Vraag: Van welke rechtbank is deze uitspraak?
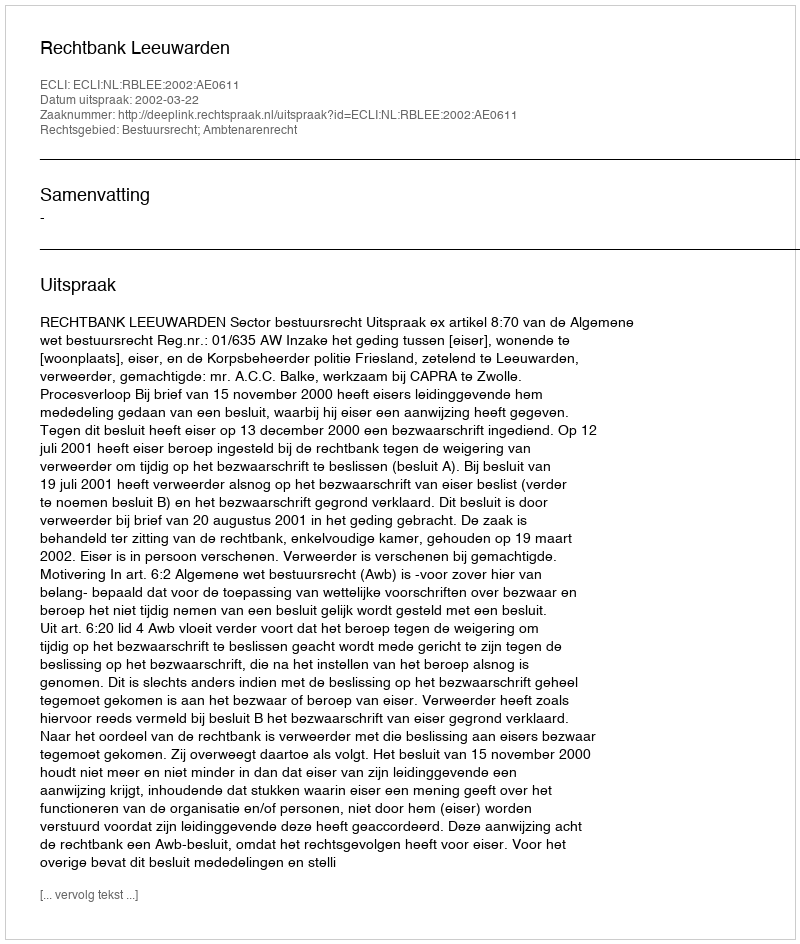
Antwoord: Rechtbank Leeuwarden